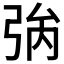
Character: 𢏟